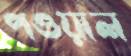
পওয়াল